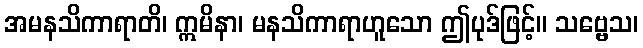
အမနသိကာရာတိ၊ ဣမိနာ၊ မနသိကာရာဟူသော ဤပုဒ်ဖြင့်။ သဗ္ဗေသ၊